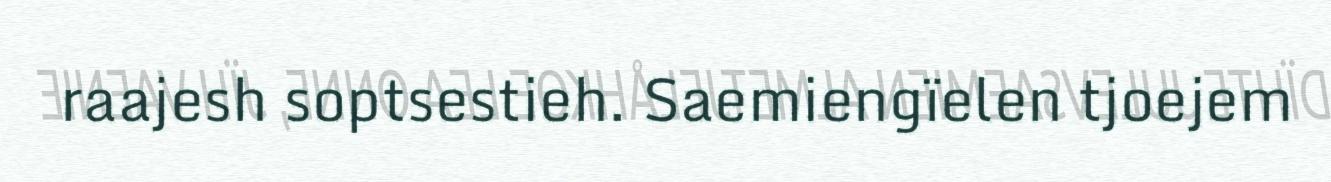
raajesh soptsestieh. Saemiengïelen tjoejem